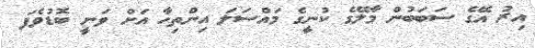
އިރު އޭގެ ސަބަބުން މާލޭގެ ކުނީގެ މައްސަލަ އިންތިހާ އަށް ވަނީ ބޮޑުވެފަ